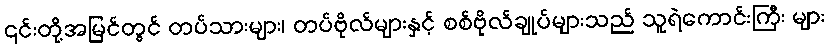
၎င်းတို့အမြင်တွင် တပ်သားများ၊ တပ်ဗိုလ်များနှင့် စစ်ဗိုလ်ချုပ်များသည် သူရဲကောင်းကြီး များ